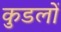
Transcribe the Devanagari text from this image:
कुडलों